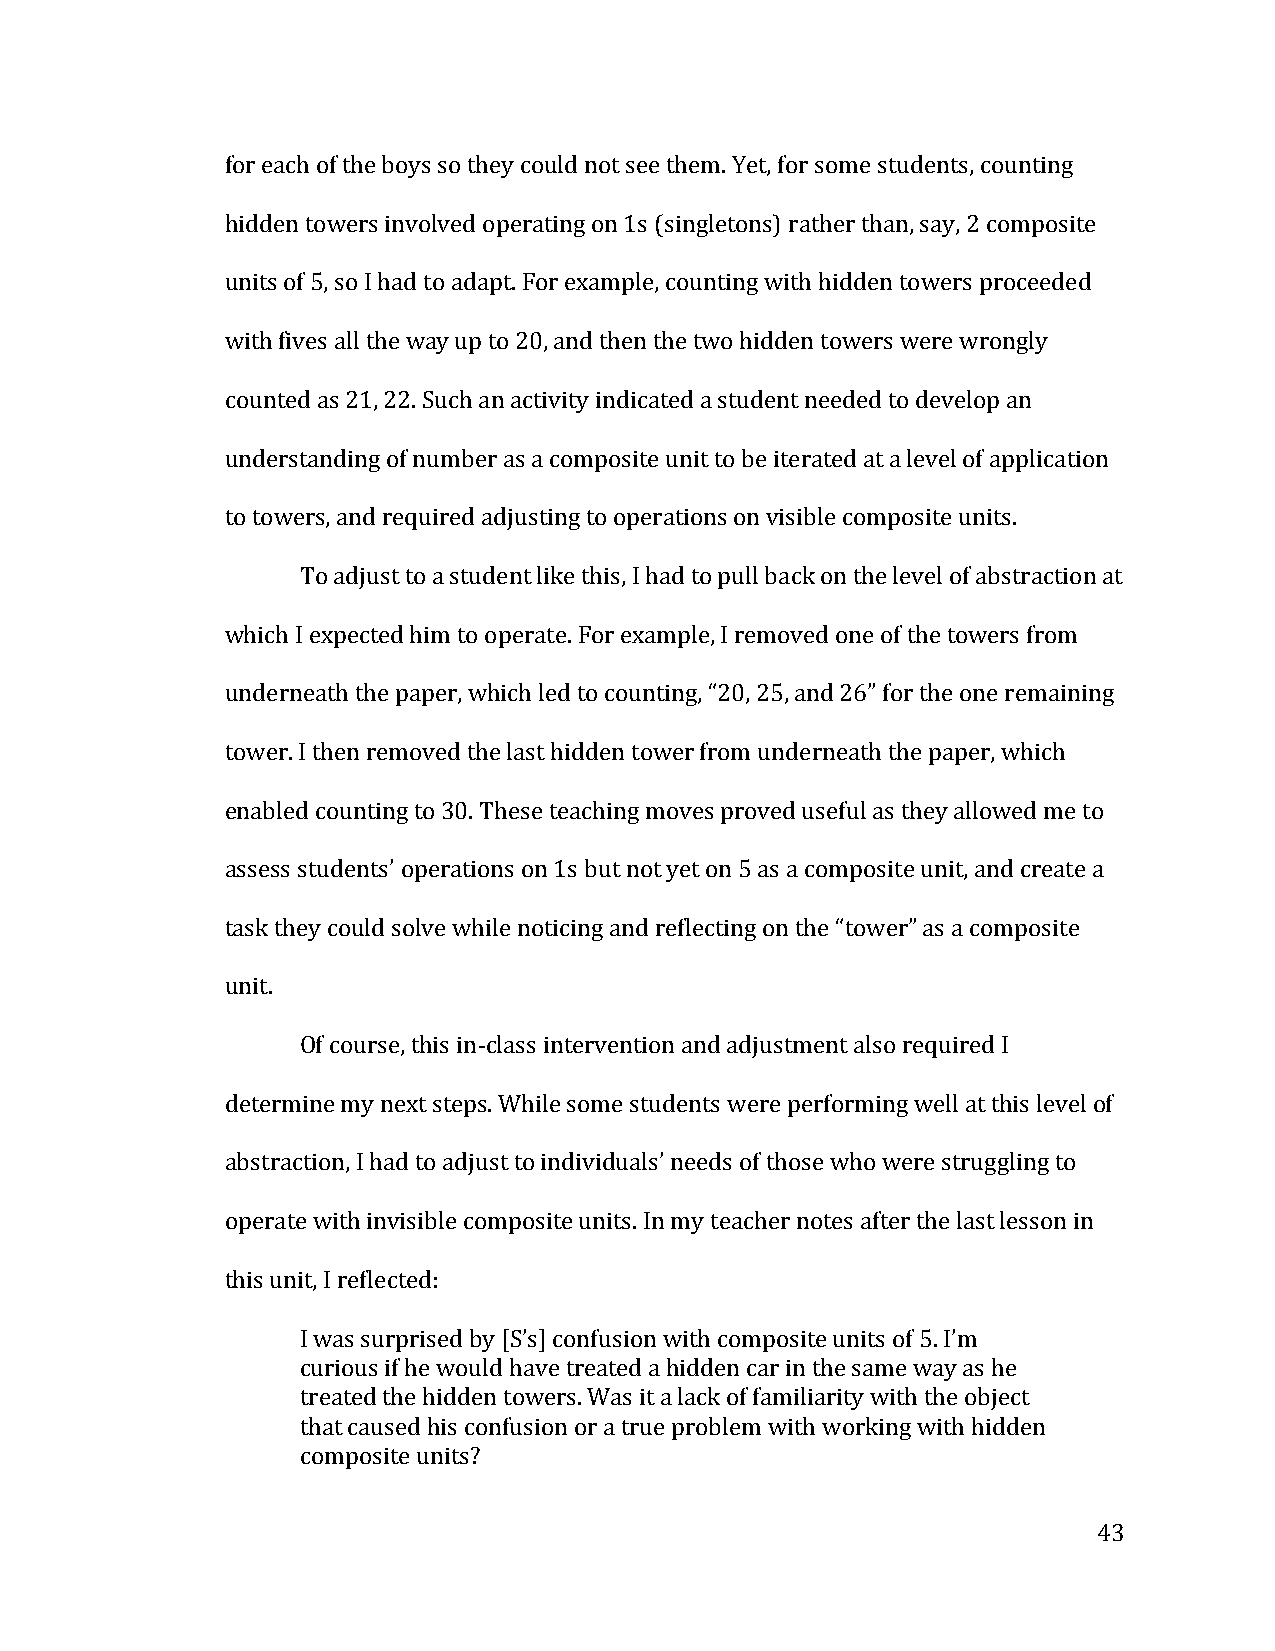
for each of the boys so they could not see them. Yet, for some students, counting
 hidden towers involved operating on 1s (singletons) rather than, say, 2 composite
 units of 5, so I had to adapt. For example, counting with hidden towers proceeded
 with fives all the way up to 20, and then the two hidden towers were wrongly
 counted as 21, 22. Such an activity indicated a student needed to develop an
 understanding of number as a composite unit to be iterated at a level of application
 to towers, and required adjusting to operations on visible composite units.
 To adjust to a student like this, I had to pull back on the level of abstraction at
 which I expected him to operate. For example, I removed one of the towers from
 underneath the paper, which led to counting, “20, 25, and 26” for the one remaining
 tower. I then removed the last hidden tower from underneath the paper, which
 enabled counting to 30. These teaching moves proved useful as they allowed me to
 assess students’ operations on 1s but not yet on 5 as a composite unit, and create a
 task they could solve while noticing and reflecting on the “tower” as a composite
 unit.
 Of course, this in-­‐class intervention and adjustment also required I
 determine my next steps. While some students were performing well at this level of
 abstraction, I had to adjust to individuals’ needs of those who were struggling to
 operate with invisible composite units. In my teacher notes after the last lesson in
 this unit, I reflected:
 I was surprised by [S’s] confusion with composite units of 5. I’m
 curious if he would have treated a hidden car in the same way as he
 treated the hidden towers. Was it a lack of familiarity with the object
 that caused his confusion or a true problem with working with hidden
 composite units?
 43